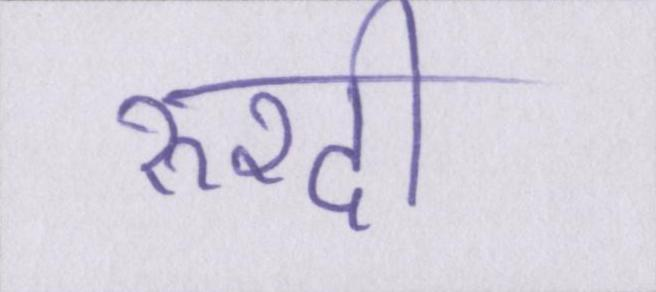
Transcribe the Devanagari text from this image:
रुश्दी